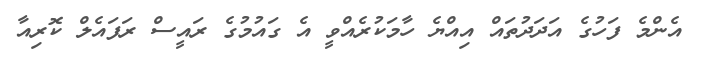
އެންމެ ފަހުގެ އަދަދުތައް އިއްޔެ ހާމަކުރެއްވީ އެ ގައުމުގެ ރައީސް ރަފައެލް ކޮރިއާ